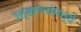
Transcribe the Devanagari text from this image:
उत्खननांमध्ये